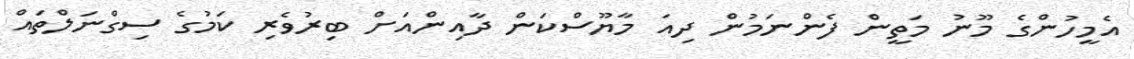
އެމީހުންގެ މޫނު މަތީން ފެންނަމުން ދިއަ މާޔޫސްކަން ދާއިންއަށް ބިރުވެރި ކަމުގެ ސިގްނަލްތައް